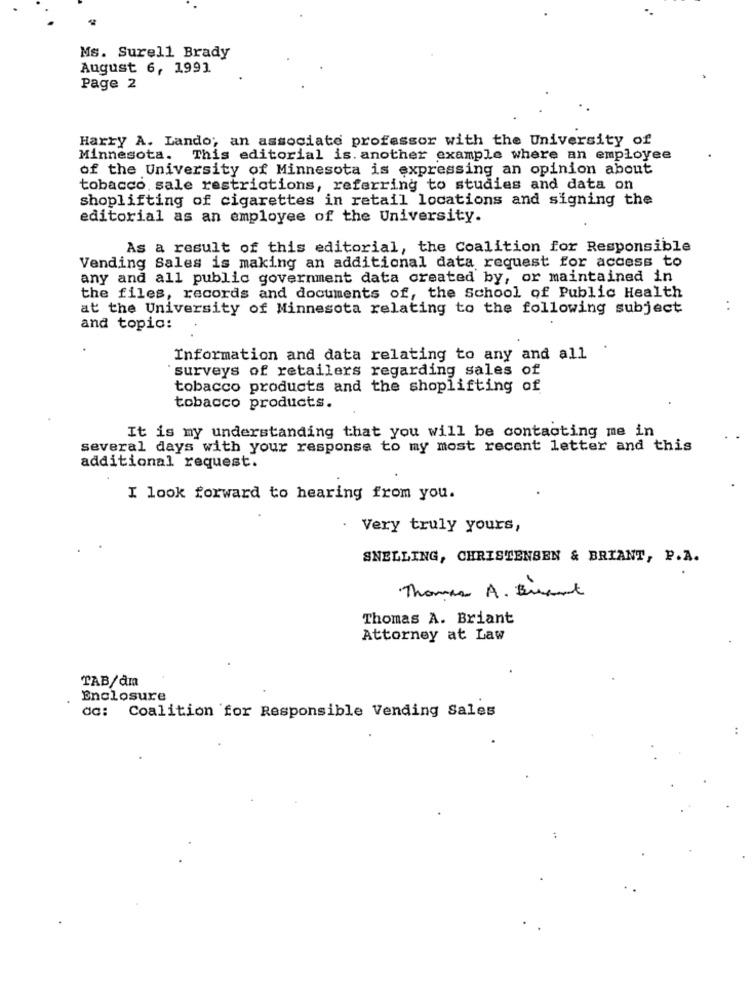
Ms. Surell Brady
August 6, 1991
Page 2
Harry A. Lando; an associate professor with the University of
Minnesota. This editorial is. another example where an employee
of the University of Minnesota is expressing an opinion about
tobacco sale restrictions, referring to studies and data on
shoplifting of cigarettes in retail locations and signing the
editorial as an employee of the University.
As a result of this editorial, the Coalition for Responsible
Vending Sales is making an additional data request for access to
any and all public government data created by, or maintained in
the files, records and documents of, the School of Public Health
at the University of Minnesota relating to the following subject
. .
and topic:
Information and data relating to any and all
surveys of retailers regarding sales of
tobacco products and the shoplifting of
tobacco products.
It is my understanding that you will be contacting me in
several days with your response to my most recent letter and this
additional request.
I look forward to hearing from you.
. Very truly yours,
SNELLING, CHRISTENSEN & BRIANT, P.A.
Thanks A. Brant
Thomas A. Briant
Attorney at Law
TAB/dm
Enclosure
dc: Coalition for Responsible Vending Sales